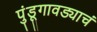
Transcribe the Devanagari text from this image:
पुंडूगावड्याचं